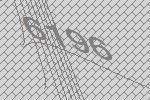
6196